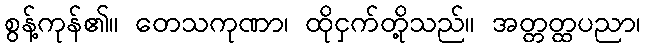
စွန့်ကုန်၏။ တေသကုဏာ၊ ထိုငှက်တို့သည်။ အတ္တတ္ထပညာ၊